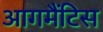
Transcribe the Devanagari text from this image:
आगमैंटिस